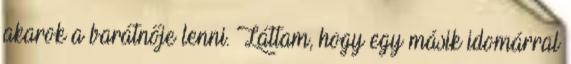
akarok a barátnője lenni. Láttam, hogy egy másik idomárral